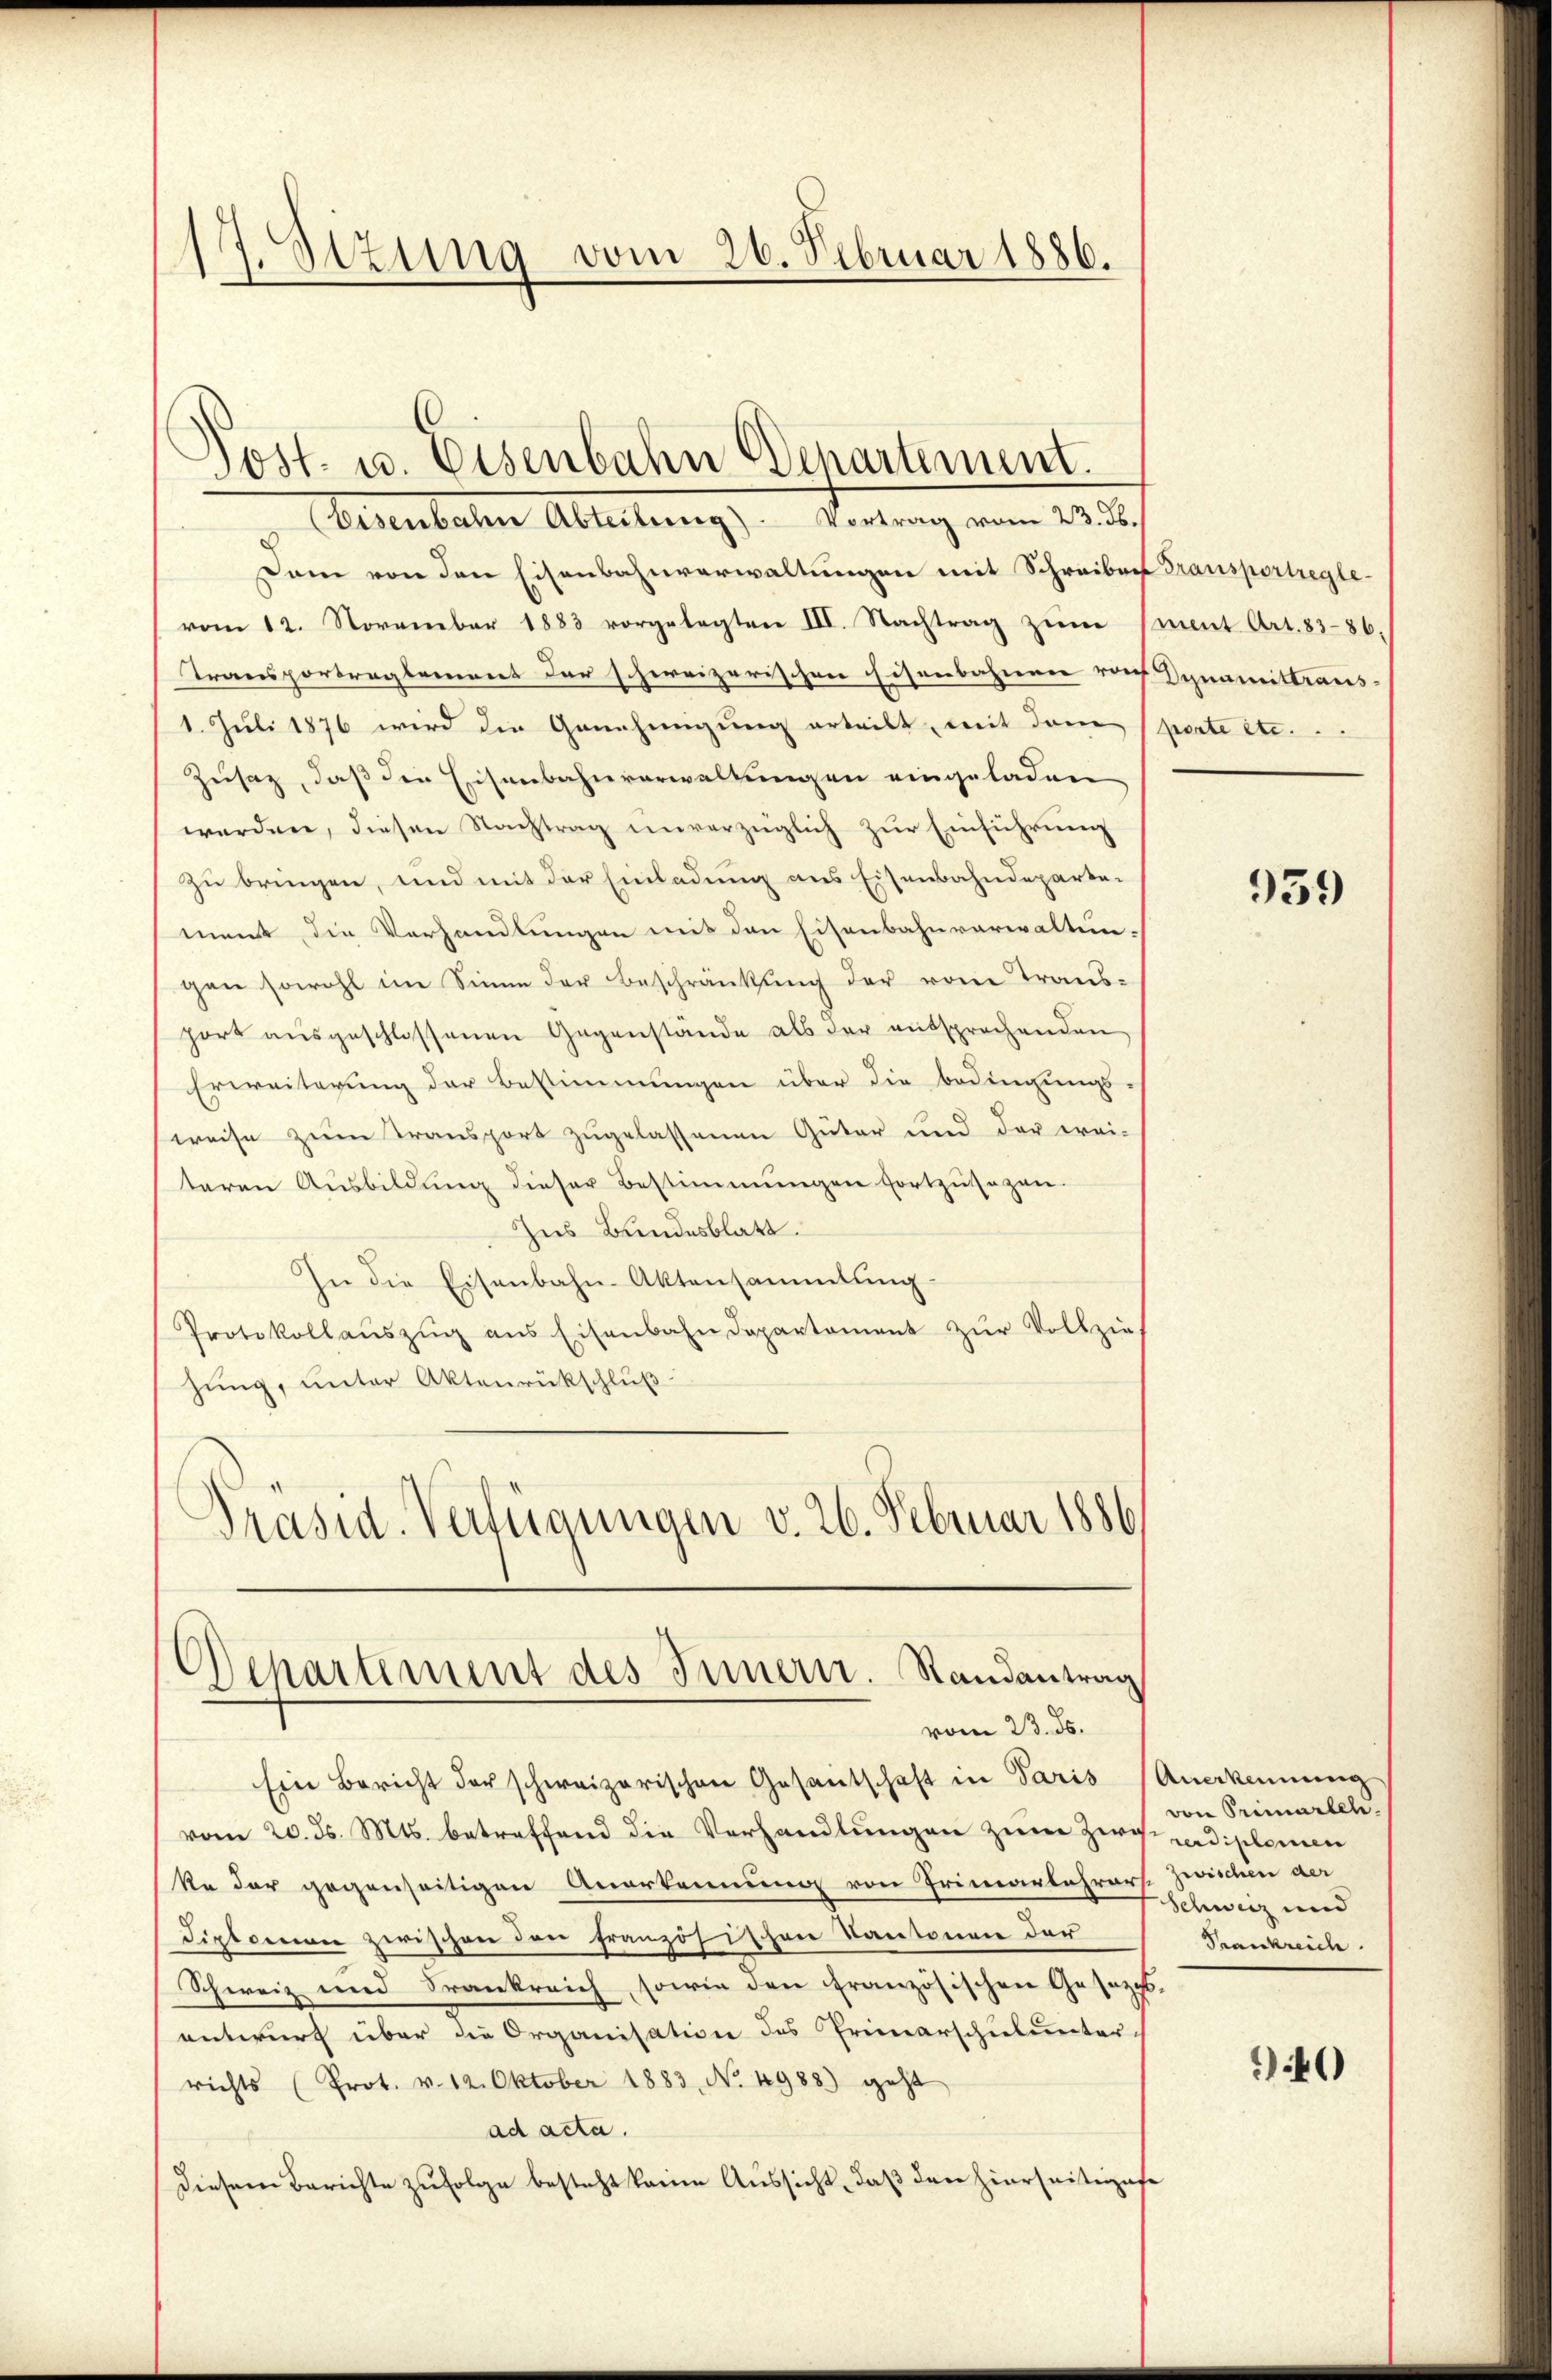
s
1 Otzung vom 26. Februar 1886.
¬

(Eisenbahn Abteilung). Vortrag vom 23. Jb.
Dam von den Eisenbahnverwaltungen mit Schreiben Transportreglevom 12. November 1883 vorgelegten III. Nachtrag zum ment Art. 8386.
Transportreglement der schweizerischen Eisenbahnen rech Dynimittraus-
1. Juli 1876 wird die Genehmigung erteilt, mit dem perte etc.
Zusatz, daß die Eisenbahnverwaltungen eingeladen
werden, diesen Nachtrag unverzüglich zur Einführung
zu bringen, und mit der Einladung aus Eisenbahndepartement die Verhandlungen mit den Eisenbahnverwaltungen sowohl im Sinne der Beschränkung der vom Transport aŭsgeschlossenen Gegenstände als der entsprechenden
Erweiterung der Bestimmungen über die Bedingungs-
weise zum Transport zugelassenen Güter und der wei-
teren Ausbildung dieser Bestimmungen fortzusagen.
Zus Bundesblatt.
In die Eisenbahn-Aktensammlung
Protokollaŭszŭg ans Eisenbahndepartement zŭr Vollzie
hung, unter Aktenrückschluß
Präsid. Verfügungen v. 26. Februar 1886
Departement des Innern. Randantrag

Post- u. Eisenbahn Departement.

vom 23. ds.

Ein Bericht der schweizerischen Gesantschaft in Paris Anerkennung
vom 20. ds. Mts. betreffend die Verhandlungen zum Zirg padiplemen
ke der gegenseitigen Anerkennung von Primarlehrers zwischen der
Diplomon zwischen den französischen Kantonen der
Schweiz und Frankreich, sowie den französischen Gesezes-
entwurf über die Organisation des Primarschulunter-
richts (Prot. v. 12. Oktober 1883, No. 4988) geht
ad acta.
diesem Berichte zŭfolge besteht keine Aussicht, daß den hierseitigese

959

von Primarleh
Schweiz und
Frankreich

)40)